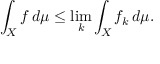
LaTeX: \int _ { X } f \, d \mu \leq \operatorname* { l i m } _ { k } \int _ { X } f _ { k } \, d \mu .